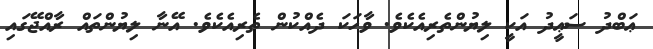
ޢަބްދު ސަޢީދު އަކީ ލިޔުންތެރިއެކެވެ. ވާހަކަ ދެއްކުން ތެރިއެކެވެ. އޭނާ ލިޔުންތައް ރާއްޖޭގައި